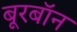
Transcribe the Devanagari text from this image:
बूरबॉन